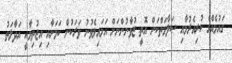
ގައުމެއްގެ ކުރިއެރުމާއި ސަލާމަތްކަން އޮތީ ޒުވާނުންނަށް އަޅައިލެވުނު ވަރަކުން ކަމަށާއި އިޖުތިމާއީ އަދާލަތު